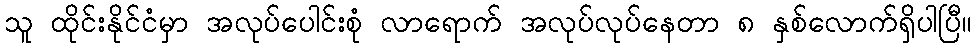
သူ ထိုင်းနိုင်ငံမှာ အလုပ်ပေါင်းစုံ လာရောက် အလုပ်လုပ်နေတာ ၈ နှစ်လောက်ရှိပါပြီ။